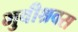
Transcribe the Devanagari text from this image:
भुवीश्रवस